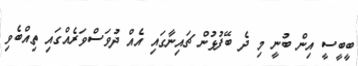
ބީބީސީ އިން ބުނީ މި ދެ ބޭފުޅުން ޗައިނާގައި އެއް ދުވަސްވަރެއްގައި ތިއްބެވި